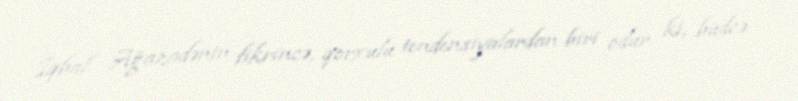
İqbal Ağazadənin fikrincə, qorxulu tendensiyalardan biri odur ki, büdcə